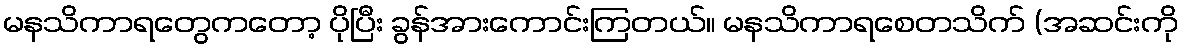
မနသိကာရတွေကတော့ ပိုပြီး ခွန်အားကောင်းကြတယ်။ မနသိကာရစေတသိက် (အဆင်းကို